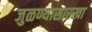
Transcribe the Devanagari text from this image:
जुळण्यासारखा